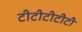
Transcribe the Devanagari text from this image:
टीटीटीटीटी